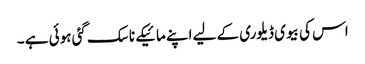
اس کی بیوی ڈیلوری کے لیے اپنے مائیکے ناسک گئی ہوئی ہے ۔